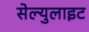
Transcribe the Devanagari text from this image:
सेल्युलाइट